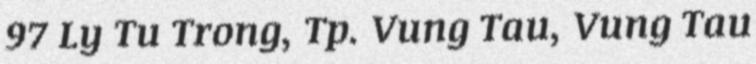
97 Ly Tu Trong, Tp. Vung Tau, Vung Tau